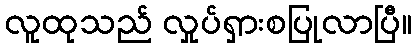
လူထုသည် လှုပ်ရှားစပြုလာပြီ။